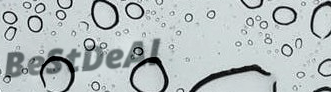
BeStDeAl